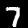
Label: 7